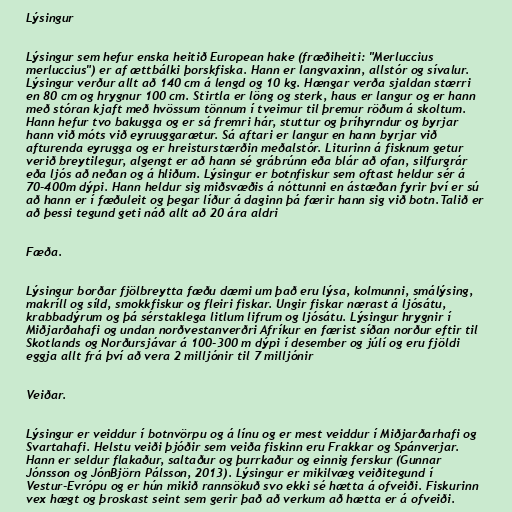
Lýsingur

Lýsingur sem hefur enska heitið European hake (fræðiheiti: "Merluccius
merluccius") er af ættbálki þorskfiska. Hann er langvaxinn, allstór og sívalur.
Lýsingur verður allt að 140 cm á lengd og 10 kg. Hængar verða sjaldan stærri
en 80 cm og hrygnur 100 cm. Stirtla er löng og sterk, haus er langur og er hann
með stóran kjaft með hvössum tönnum í tveimur til þremur röðum á skoltum.
Hann hefur tvo bakugga og er sá fremri hár, stuttur og þríhyrndur og byrjar
hann við móts við eyruuggarætur. Sá aftari er langur en hann byrjar við
afturenda eyrugga og er hreisturstærðin meðalstór. Liturinn á fisknum getur
verið breytilegur, algengt er að hann sé grábrúnn eða blár að ofan, silfurgrár
eða ljós að neðan og á hliðum. Lýsingur er botnfiskur sem oftast heldur sér á
70-400m dýpi. Hann heldur sig miðsvæðis á nóttunni en ástæðan fyrir því er sú
að hann er í fæðuleit og þegar líður á daginn þá færir hann sig við botn.Talið er
að þessi tegund geti náð allt að 20 ára aldri

Fæða.

Lýsingur borðar fjölbreytta fæðu dæmi um það eru lýsa, kolmunni, smálýsing,
makríll og síld, smokkfiskur og fleiri fiskar. Ungir fiskar nærast á ljósátu,
krabbadýrum og þá sérstaklega litlum lifrum og ljósátu. Lýsingur hrygnir í
Miðjarðahafi og undan norðvestanverðri Afríkur en færist síðan norður eftir til
Skotlands og Norðursjávar á 100-300 m dýpi í desember og júlí og eru fjöldi
eggja allt frá því að vera 2 milljónir til 7 milljónir

Veiðar.

Lýsingur er veiddur í botnvörpu og á línu og er mest veiddur í Miðjarðarhafi og
Svartahafi. Helstu veiði þjóðir sem veiða fiskinn eru Frakkar og Spánverjar.
Hann er seldur flakaður, saltaður og þurrkaður og einnig ferskur (Gunnar
Jónsson og JónBjörn Pálsson, 2013). Lýsingur er mikilvæg veiðitegund í
Vestur-Evrópu og er hún mikið rannsökuð svo ekki sé hætta á ofveiði. Fiskurinn
vex hægt og þroskast seint sem gerir það að verkum að hætta er á ofveiði.